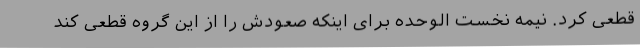
قطعی کرد. نیمه نخست الوحده برای اینکه صعودش را از این گروه قطعی کند